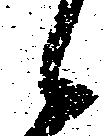
候